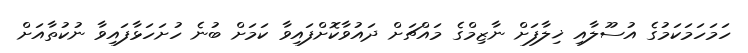
ހަމަހަމަކަމުގެ އުސޫލާއި ޚިލާފަށް ނާޒިމްގެ މައްޗަށް ދައުވާކޮށްފައިވާ ކަމަށް ބުނެ ހުށަހަޅާފައިވާ ނުކުތާއަށް